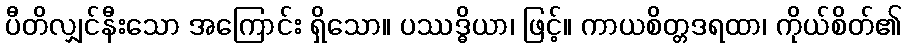
ပီတိလျှင်နီးသော အကြောင်း ရှိသော။ ပဿဒ္ဓိယာ၊ ဖြင့်။ ကာယစိတ္တဒရထာ၊ ကိုယ်စိတ်၏